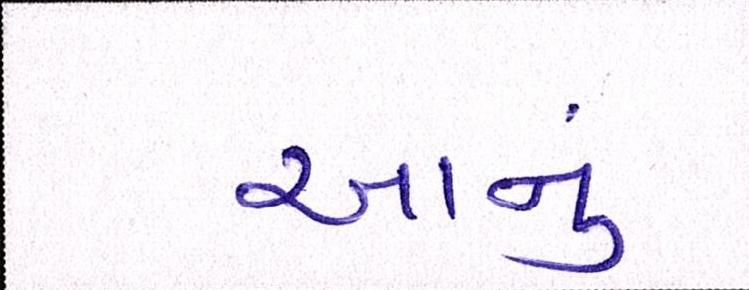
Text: આનું